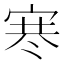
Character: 𪧑